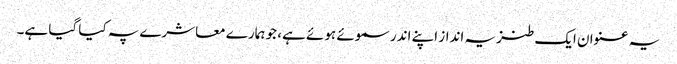
یہ عنوان ایک طنزیہ انداز اپنے اندر سموئے ہوئے ہے، جو ہمارے معاشرے پہ کیا گیا ہے۔